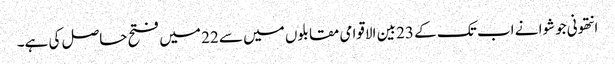
انتھونی جوشوا نے اب تک کے 23 بین الاقوامی مقابلوں میں سے 22 میں فتح حاصل کی ہے۔